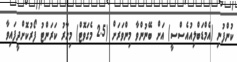
ކުންފުނި (އެމްޑަބްލިއުއެސްސީ) އަށް ބޭނުންވާ މިންވަރަށް (2.5 މެގަވޮޓް) މިހާރު ކަރަންޓު ފޯރުކޮށްދީފައިވާ